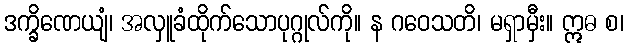
ဒက္ခိဏေယျံ၊ အလှူခံထိုက်သောပုဂ္ဂုလ်ကို။ န ဂဝေသတိ၊ မရှာမှီး။ ဣဓ စ၊